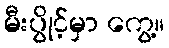
မီးပွိုင့်မှာ ကွေ့။